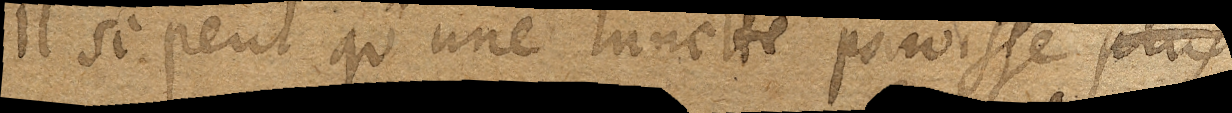
Il se peut qu’une lunette paroisse plus